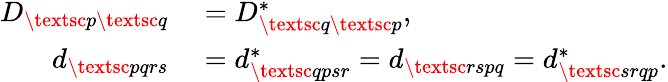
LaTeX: \begin{array}{rl}{D_{\textsc{p}\textsc{q}}}&{{}=D_{\textsc{q}\textsc{p}}^{*},}\\ {d_{\textsc{pqrs}}}&{{}=d_{\textsc{qpsr}}^{*}=d_{\textsc{rspq}}=d_{\textsc{srqp}}^{*}.}\end{array}